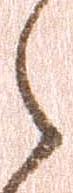
之